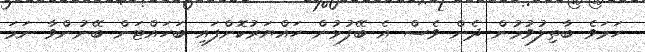
ހަމަވެ ބާތިލުވުމުން ދެން ވެސް އެ ބޭފުޅުން ހައްޔަރުކޮށްފައި ބަހައްޓަން ބޭނުންވާ ނަމަ